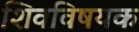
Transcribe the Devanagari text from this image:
शिवविषयक